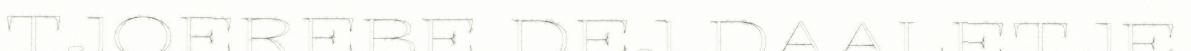
TJOEREBE DEJ DAALETJE